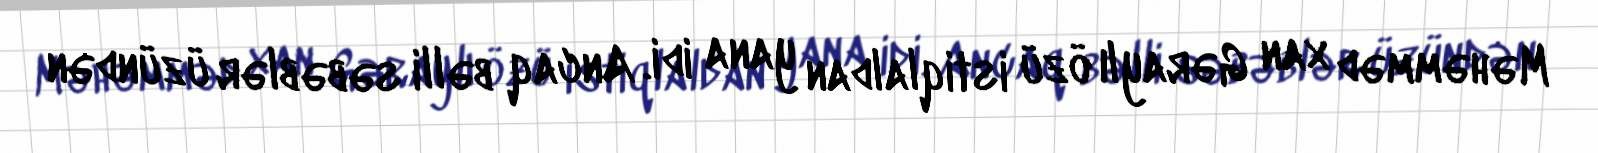
Məhəmməd xan Gəraylı özü istiqlaldan yana idi. Ancaq bəlli səbəblər üzündən